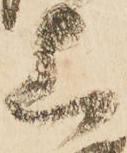
上